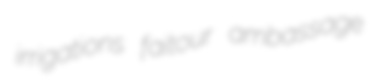
irrigations faitour ambassage